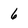
Character: 6